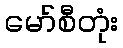
မော်စီတုံး